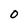
Character: 0